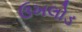
ઉખલોડ